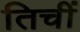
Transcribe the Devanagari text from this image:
तिचीं